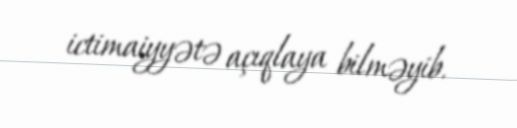
ictimaiyyətə açıqlaya bilməyib.